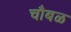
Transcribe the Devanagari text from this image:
चौबळ